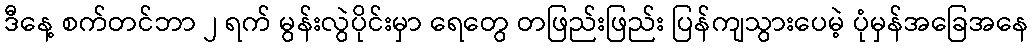
ဒီနေ့ စက်တင်ဘာ ၂ ရက် မွန်းလွဲပိုင်းမှာ ရေတွေ တဖြည်းဖြည်း ပြန်ကျသွားပေမဲ့ ပုံမှန်အခြေအနေ